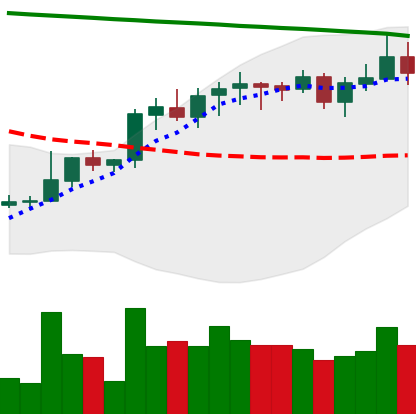
Ticker: LINK-USD
Chart end date: 2021-08-12
Forward return: 4.98%
Label: up_3_5